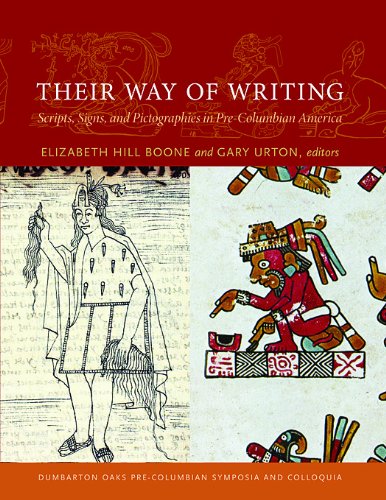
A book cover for Their Way of Writing: Scripts, Signs, and Pictographies in Pre-Columbian America (Dumbarton Oaks Pre-Columbian Symposia and Colloquia); History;